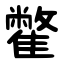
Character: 䨆